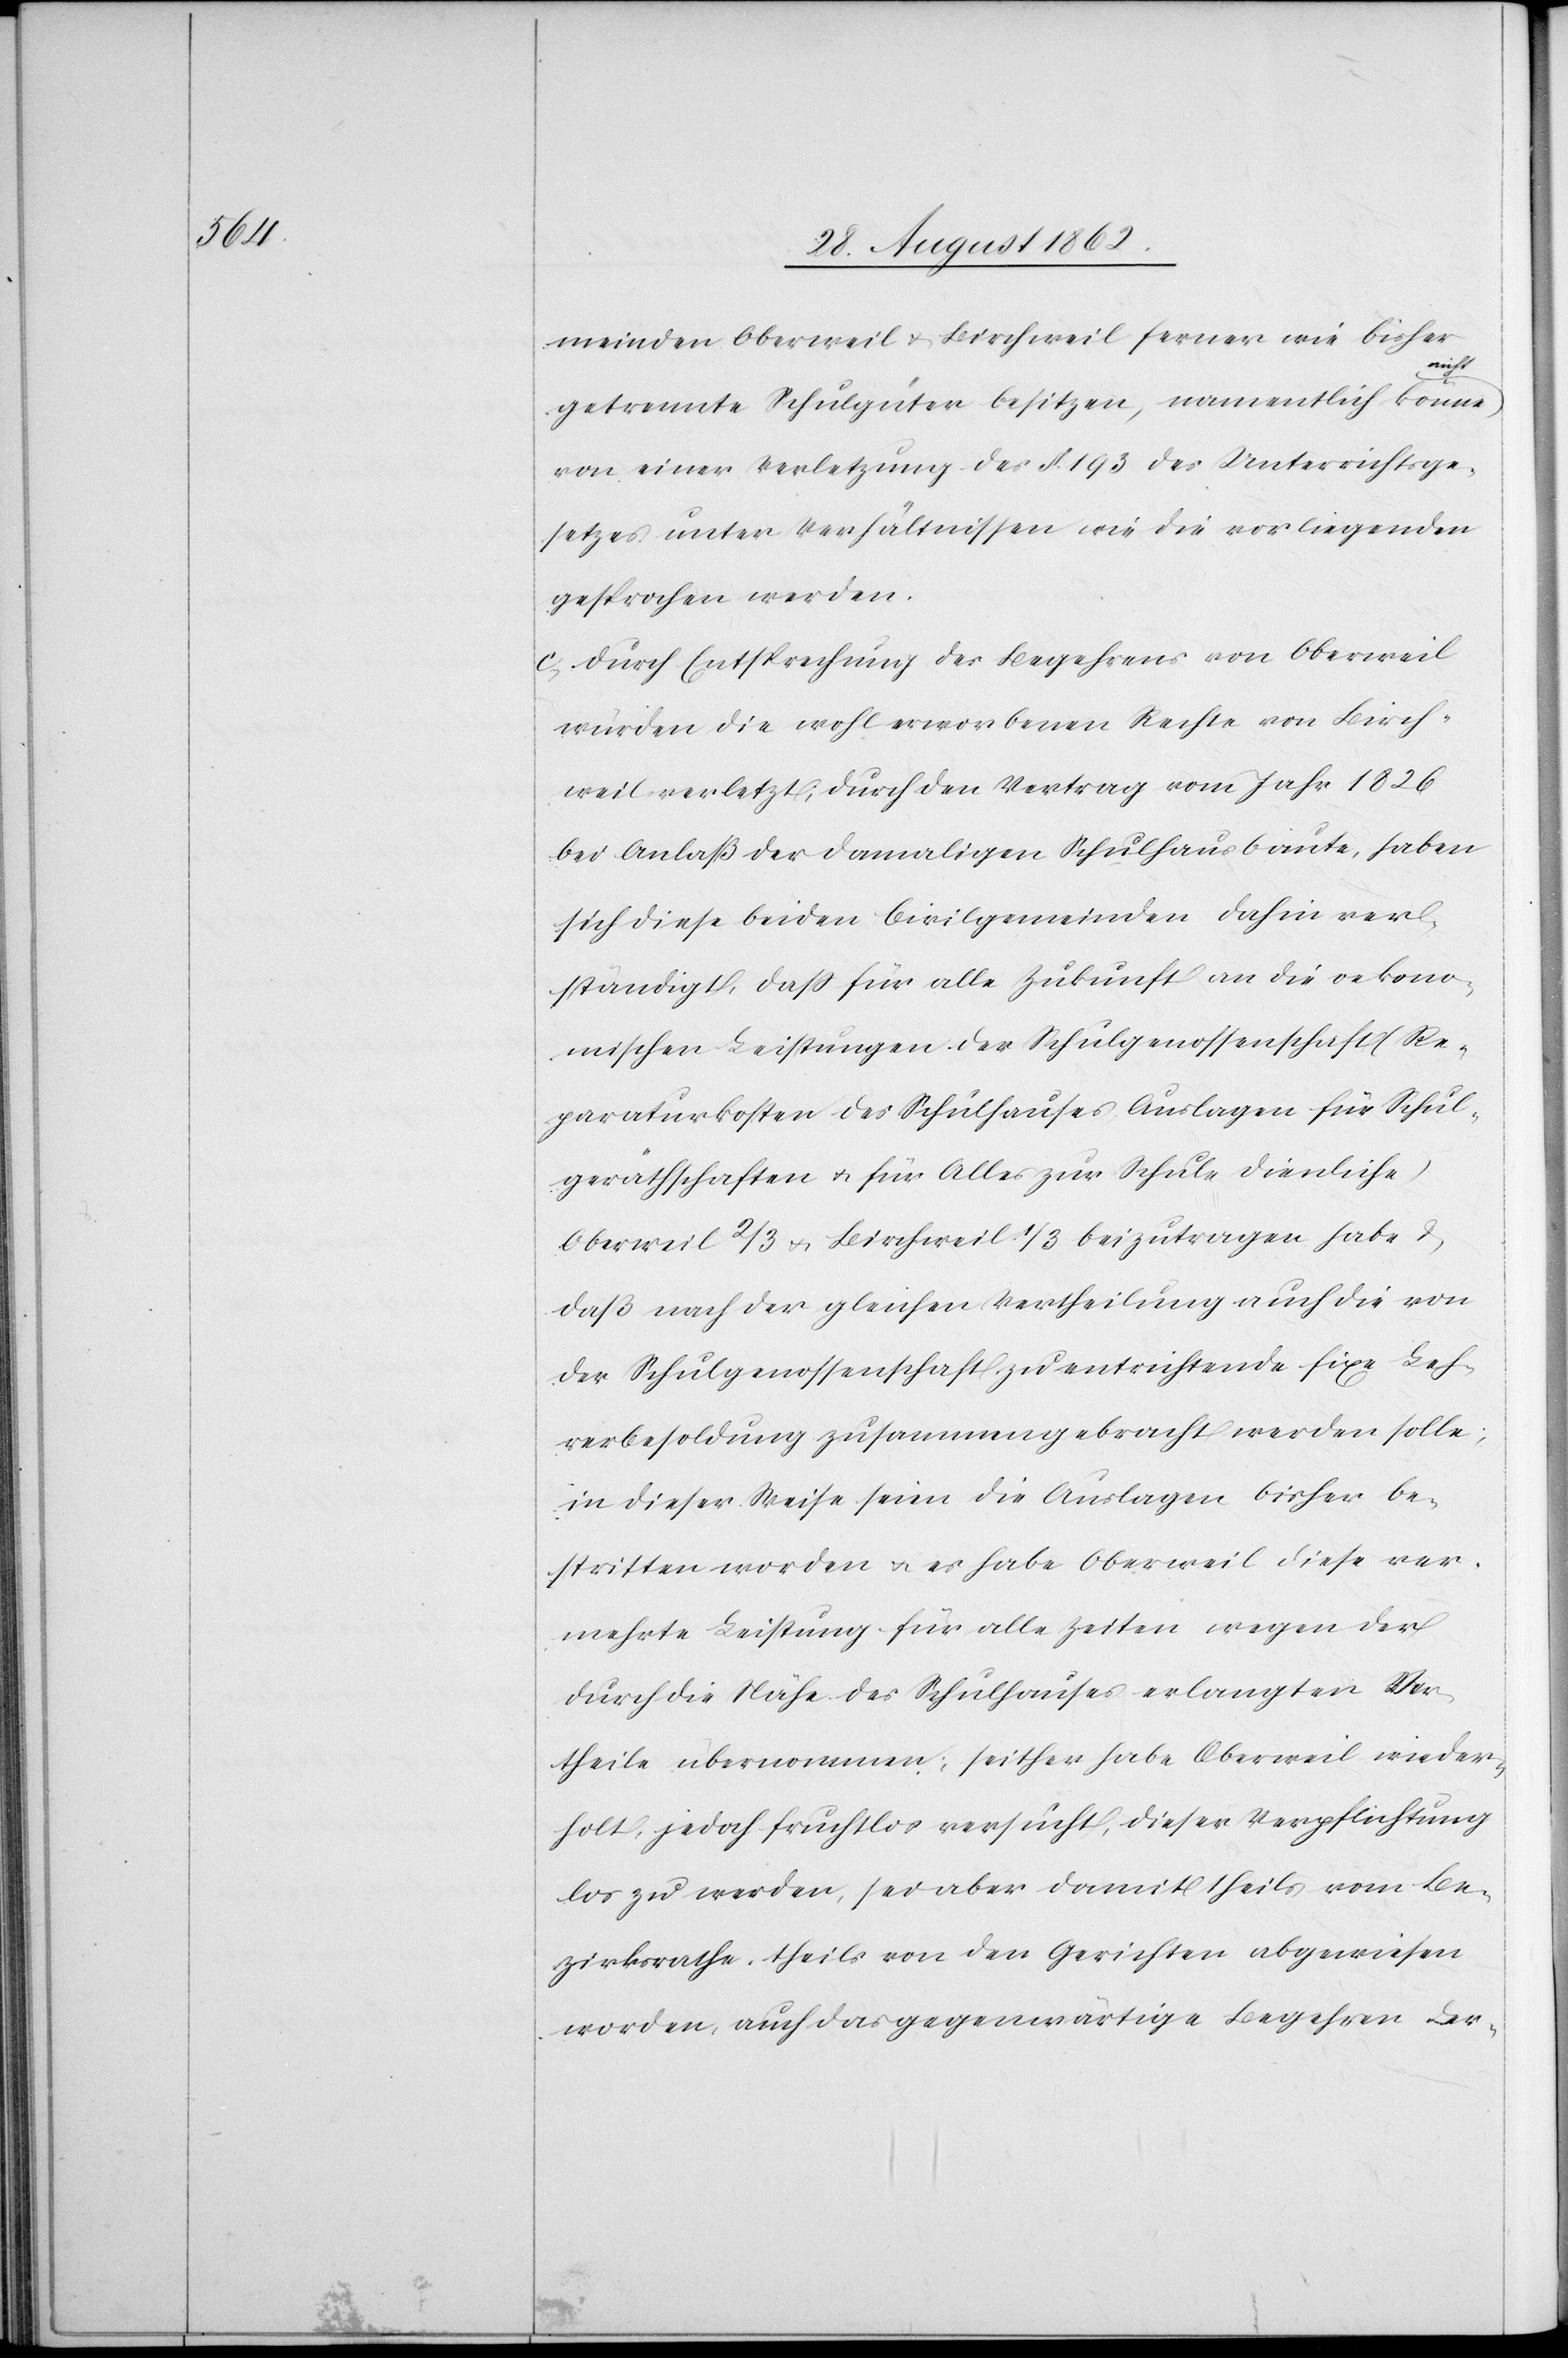
meinden Oberweil u. Birchweil ferner wie bisher
nicht
getrennte Schulgüter besitzen, namentlich könne
von einer Verletzung des §. 193 des Unterrichtsge¬
setzes unter Verhältnissen wie die vorliegenden
gesprochen werden.
c. Durch Entsprechung des Begehrens von Oberweil
würden die wohl erworbenen Rechte von Birch¬
weil verletzt; durch den Vertrag vom Jahr 1826
bei Anlaß der damaligen Schulhausbaute, haben
sich diese beiden Civilgemeinden dahin ver¬
ständigt, daß für alle Zukunft an die oekono¬
mischen Leistungen der Schulgenossenschaft (Re¬
paraturkosten des Schulhauses, Auslagen für Schul¬
geräthschaften u. für Alles zur Schule dienliche)
Oberweil 2/3 u. Birchweil 1/3 beizutragen habe u.
daß nach der gleichen Vertheilung auch die von
der Schulgenossenschaft zu entrichtende fixe Leh¬
rerbesoldung zusammengebracht werden solle;
in dieser Weise seien die Auslagen bisher be¬
stritten worden u. es habe Oberweil diese ver¬
mehrte Leistung für alle Zeiten wegen der
durch die Nähe des Schulhauses erlangten Vor¬
theile übernommen; seither habe Oberweil wieder¬
holt, jedoch fruchtlos versucht, dieser Verpflichtung
los zu werden, sei aber damit theils vom Be¬
zirksrathe, theils von den Gerichten abgewiesen
worden, auch das gegenwärtige Begehren der-